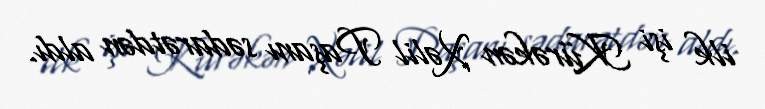
ilk işi Kürəkən Xəlil Paşanı sədarətdən aldı.